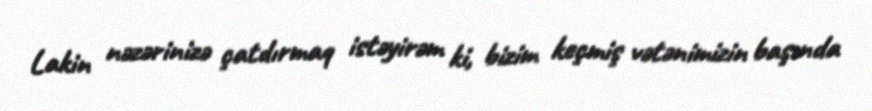
Lakin nəzərinizə çatdırmaq istəyirəm ki, bizim keçmiş vətənimizin başında